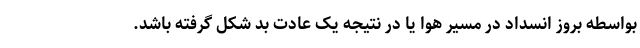
بواسطه بروز انسداد در مسیر هوا یا در نتیجه یک عادت بد شکل گرفته باشد.